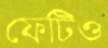
ফেটিও